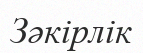
Зәкірлік